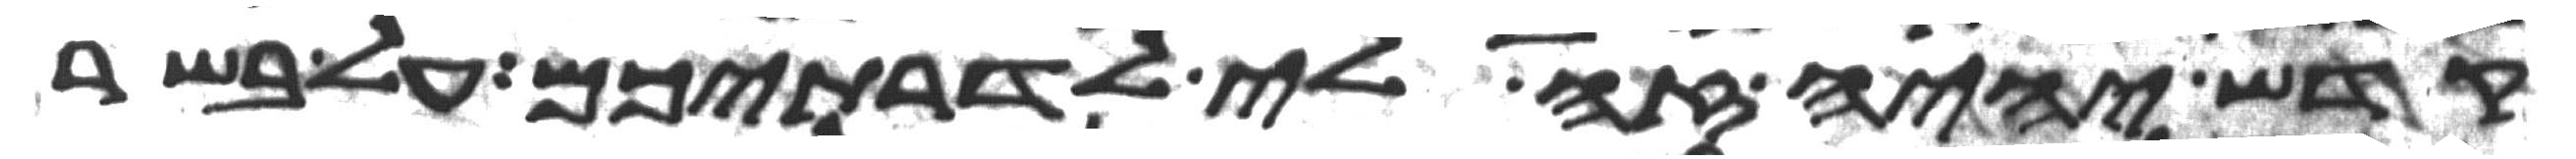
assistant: קדש יהיה זה לי לדרתיכם על בשר